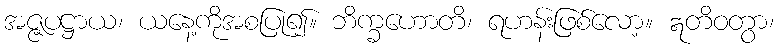
အဇ္ဇပဋ္ဌာယ၊ ယနေ့ကိုအစပြု၍။ ဘိက္ခဟောတိ၊ ရဟန်းဖြစ်လော့။ ဣတိဝတွာ၊